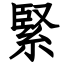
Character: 緊